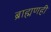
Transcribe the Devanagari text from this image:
ब्राह्मणही